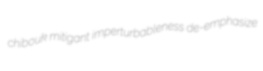
chibouk mitigant imperturbableness de-emphasize